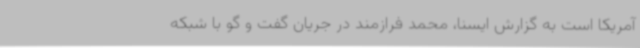
آمریکا است به گزارش ایسنا، محمد فرازمند در جریان گفت و گو با شبکه